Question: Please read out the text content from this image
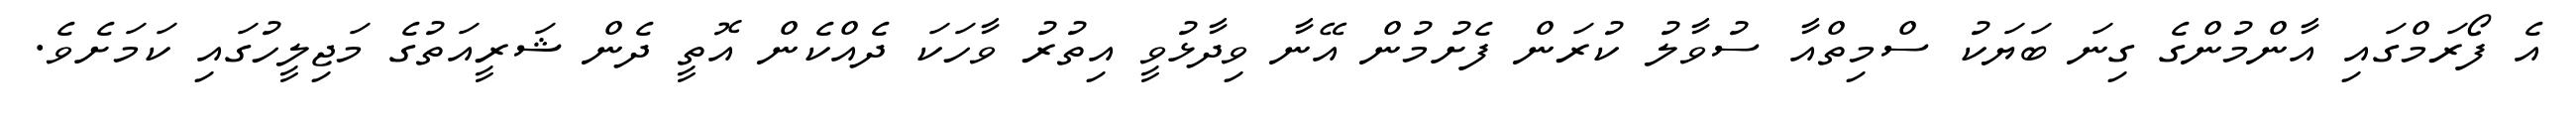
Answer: އެ ފޯރަމްގައި އާންމުންގެ ގިނަ ބަޔަކު ސްމިތްއާ ސުވާލު ކުރަން ފެށުމުން އޭނާ ވިދާޅުވީ އިތުރު ވާހަކަ ދެއްކެން އޮތީ ދެން ޝަރީއަތުގެ މަޖިލީހުގައި ކަމަށެވެ.